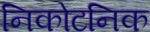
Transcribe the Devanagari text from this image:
निकोटनिक